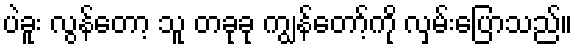
ပဲခူး လွန်တော့ သူ တခုခု ကျွန်တော့်ကို လှမ်းပြောသည်။